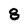
Character: 8